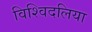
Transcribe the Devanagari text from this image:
विश्विदलिया